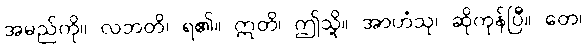
အမည်ကို။ လဘတိ၊ ရ၏။ ဣတိ၊ ဤသို့။ အာဟံသု၊ ဆိုကုန်ပြီ။ တေ၊